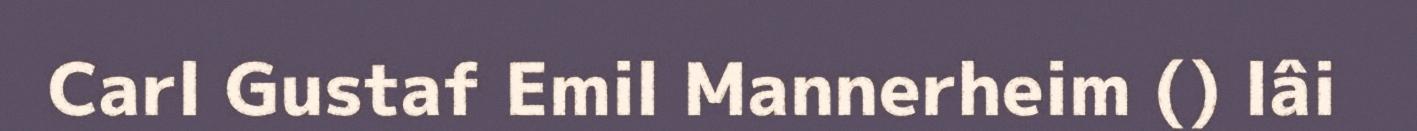
Carl Gustaf Emil Mannerheim () lâi